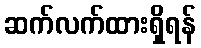
ဆက်လက်ထားရှိရန်